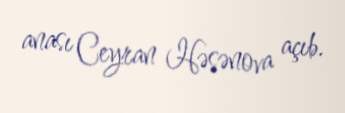
anası Ceyran Həsənova açıb.